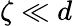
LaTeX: \zeta\ll d